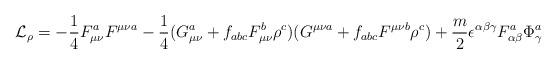
LaTeX: \begin{align*}{\cal L}_\rho = - \frac{1}{4} F^a_{\mu\nu} F^{\mu\nu a} - \frac{1}{4}(G^a_{\mu\nu}+f_{abc} F^b_{\mu\nu}\rho^c)(G^{\mu\nu a}+f_{abc} F^{\mu\nu b}\rho^c) + \frac{m}{2}\epsilon^{\alpha\beta\gamma} F^a_{\alpha\beta}\Phi_\gamma^a\end{align*}